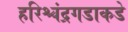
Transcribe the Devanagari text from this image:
हरिश्चंद्रगडाकडे